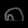
Digit: ၈